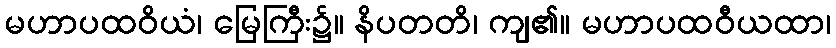
မဟာပထဝိယံ၊ မြေကြီး၌။ နိပတတိ၊ ကျ၏။ မဟာပထဝီယထာ၊